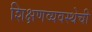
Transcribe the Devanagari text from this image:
शिक्षणव्यवस्थेची